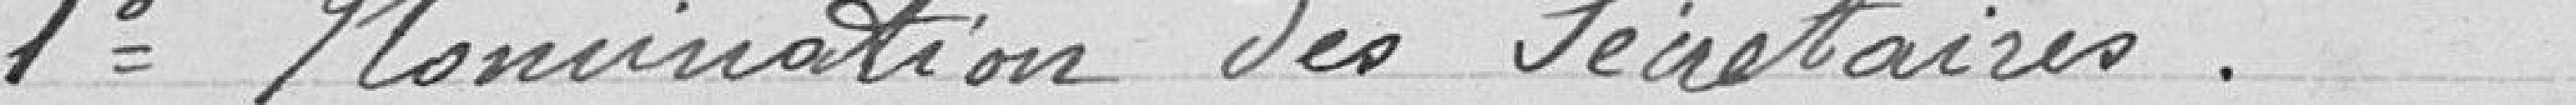
1° Nomination des secrétaires .